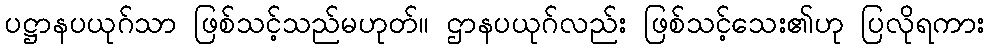
ပဋ္ဌာနပယုဂ်သာ ဖြစ်သင့်သည်မဟုတ်။ ဌာနပယုဂ်လည်း ဖြစ်သင့်သေး၏ဟု ပြလိုရကား